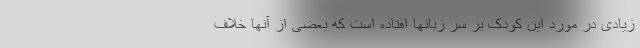
زیادی در مورد این کودک بر سر زبانها افتاده است که بعضی از آنها خلاف